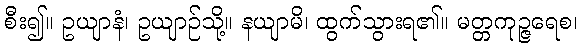
စီး၍။ ဥယျာနံ၊ ဥယျာဉ်သို့။ နယျာမိ၊ ထွက်သွားရ၏။ မတ္တကုဉ္ဇရေစ၊